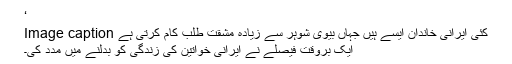
‘
Image caption کئی ایرانی خاندان ایسے ہیں جہاں بیوی شوہر سے زیادہ مشقت طلب کام کرتی ہے
ایک بروقت فیصلے نے ایرانی خواتین کی زندگی کو بدلنے میں مدد کی۔